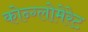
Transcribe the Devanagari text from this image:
कोन्ग्लोमेरेट